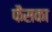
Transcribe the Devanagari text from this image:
फैसका